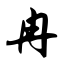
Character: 冉